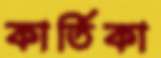
কার্তিকা